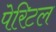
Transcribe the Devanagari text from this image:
पेरिटल